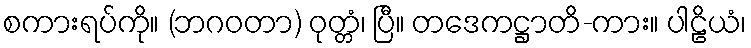
စကားရပ်ကို။ (ဘဂဝတာ) ဝုတ္တံ၊ ပြီ။ တဒေကဋ္ဌာတိ-ကား။ ပါဠိယံ၊